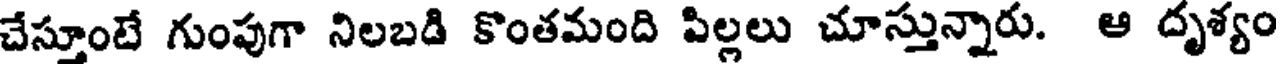
చేస్తూంటే గుంపుగా నిలబడి కొంతమంది పిల్లలు చూస్తున్నారు. ఆ దృశ్యం